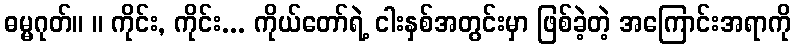
ဓမ္မဂုတ်။ ။ ကိုင်း, ကိုင်း... ကိုယ်တော်ရဲ့ ငါးနှစ်အတွင်းမှာ ဖြစ်ခဲ့တဲ့ အကြောင်းအရာကို